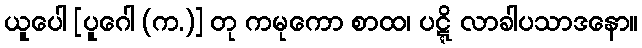
ယူပေါ [ပူဂေါ (က.)] တု ကမုကော စာထ၊ ပဋ္ဋိ လာခါပသာဒနော။